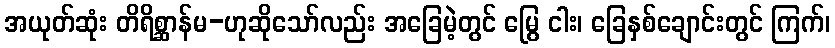
အယုတ်ဆုံး တိရိစ္ဆာန်မ-ဟုဆိုသော်လည်း အခြေမဲ့တွင် မြွေ ငါး၊ ခြေနှစ်ချောင်းတွင် ကြက်၊